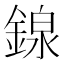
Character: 䤼